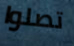
تصلوا